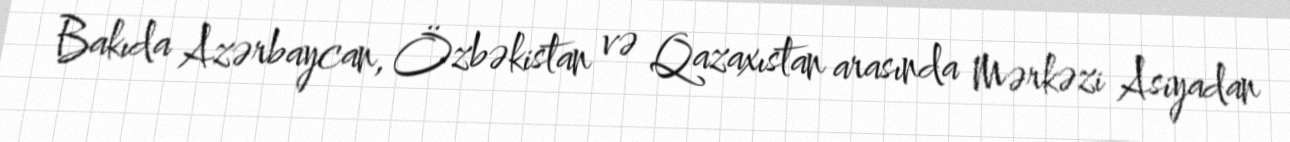
Bakıda Azərbaycan, Özbəkistan və Qazaxıstan arasında Mərkəzi Asiyadan